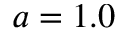
a = 1 . 0